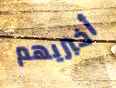
أخبريهم